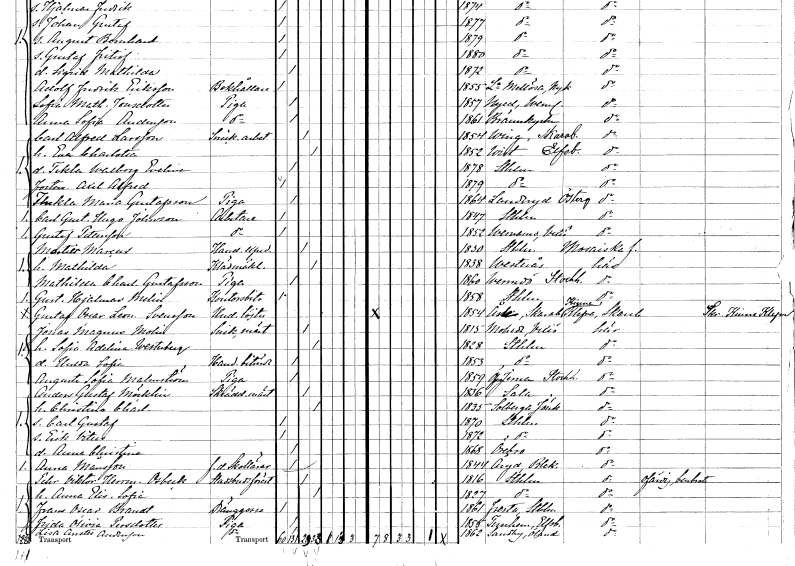
gt_parse: households: individuals: FN: Carl Alfred
EN: Larsson
YRKE: Snickeriarbetare
KON: M
CIV: G
FODAR: 1854
FODFORS: Ving Skaraborgs län
FN: Eva Charlotta
KON: K
CIV: G
FODAR: 1852
FODFORS: Vist Älvsborgs län
FN: Tekla Walborg Evelina
KON: K
CIV: O
FODAR: 1878
FODFORS: Stockholm
FN: Axel Alfred
KON: M
CIV: O
FODAR: 1879
FODFORS: Stockholm
FN: Thekla Maria
EN: Gustafsson
YRKE: Piga
KON: K
CIV: O
FODAR: 1864
FODFORS: Landeryd Östergötlands län
FN: Carl Gustaf Hugo
EN: Johnson
YRKE: Arbetare
KON: M
CIV: O
FODAR: 1847
FODFORS: Stockholm
FN: Gustaf
EN: Pettersson
YRKE: Arbetare
KON: M
CIV: O
FODAR: 1852
FODFORS: Värnamo Jönköpings län
FN: Martier
EN: Marcus
YRKE: Handelsexpedit
KON: M
CIV: G
FODAR: 1830
FODFORS: Stockholm
FN: Mathilda
YRKE: Klädmäklerska
KON: K
CIV: G
FODAR: 1838
FODFORS: Västerås Västmanlands län
FN: Mathilda Charlotta
EN: Gustafsson
YRKE: Piga
KON: K
CIV: O
FODAR: 1860
FODFORS: Värmdö Stockholms län
FN: Gustaf Hjalmar
EN: Melin
YRKE: Kontorsbiträde
KON: M
CIV: O
FODAR: 1858
FODFORS: Stockholm
FN: Gustaf Oscar Leonard
EN: Svensson
YRKE: Underlöjtnant
KON: M
CIV: O
FODAR: 1854
FODFORS: Åsle Skaraborgs län
FN: Jonas Magnus
EN: Molin
YRKE: Snickaremästare
KON: M
CIV: G
FODAR: 1815
FODFORS: Moheda Kronobergs län
FN: Sofia Adelina
EN: Westerberg
KON: K
CIV: G
FODAR: 1828
FODFORS: Stockholm
FN: Hulda Sofia
YRKE: Handelsbiträde
KON: K
CIV: O
FODAR: 1853
FODFORS: Stockholm
FN: Augusta Sofia
EN: Malmström
YRKE: Piga
KON: K
CIV: O
FODAR: 1859
FODFORS: Överjärna Stockholms län
FN: Anders Gustaf
EN: Möcklin
YRKE: Skräddarmästare
KON: M
CIV: G
FODAR: 1836
FODFORS: Sala Västmanlands län
FN: Christina Charlotta
KON: K
CIV: G
FODAR: 1835
FODFORS: Solberga Jönköpings län
FN: Carl Gustaf
KON: M
CIV: O
FODAR: 1870
FODFORS: Stockholm
FN: Erik Vitus
KON: M
CIV: O
FODAR: 1872
FODFORS: Stockholm
FN: Anna Christina
KON: K
CIV: O
FODAR: 1868
FODFORS: Örebro Örebro län
FN: Anna
EN: Månsson
YRKE: Skollärarinna f.d.
KON: K
CIV: O
FODAR: 1844
FODFORS: Åryd Blekinge län
FN: Pehr Viktor Herrman
EN: Osbeck
YRKE: Stadsbudsföreståndare
KON: M
CIV: G
FODAR: 1816
FODFORS: Stockholm
FN: Anna Elisabeth Sofia
KON: K
CIV: G
FODAR: 1827
FODFORS: Stockholm
FN: Frans Oscar
EN: Brandt
YRKE: Dränggosse
KON: M
CIV: O
FODAR: 1861
FODFORS: Fresta Stockholms län
FN: Frida Olivia
EN: Persdotter
YRKE: Piga
KON: K
CIV: O
FODAR: 1855
FODFORS: Västra Tunhem Älvsborgs län
FN: Lisa Anette
EN: Andersson
YRKE: Piga
KON: K
CIV: O
FODAR: 1862
FODFORS: Sandby Kalmar län